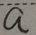
a